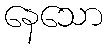
နေသော